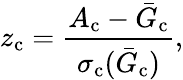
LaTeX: z_{\mathrm{c}}=\frac{A_{\mathrm{c}}-\bar{G}_{\mathrm{c}}}{\sigma_{\mathrm{c}}(\bar{G}_{\mathrm{c}})},